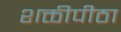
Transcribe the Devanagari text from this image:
शक्तीपीठा